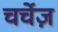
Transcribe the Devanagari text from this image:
चर्चेज़